Vaccination in Bombay 1863-1868 - 1863-1868
Year: 1863
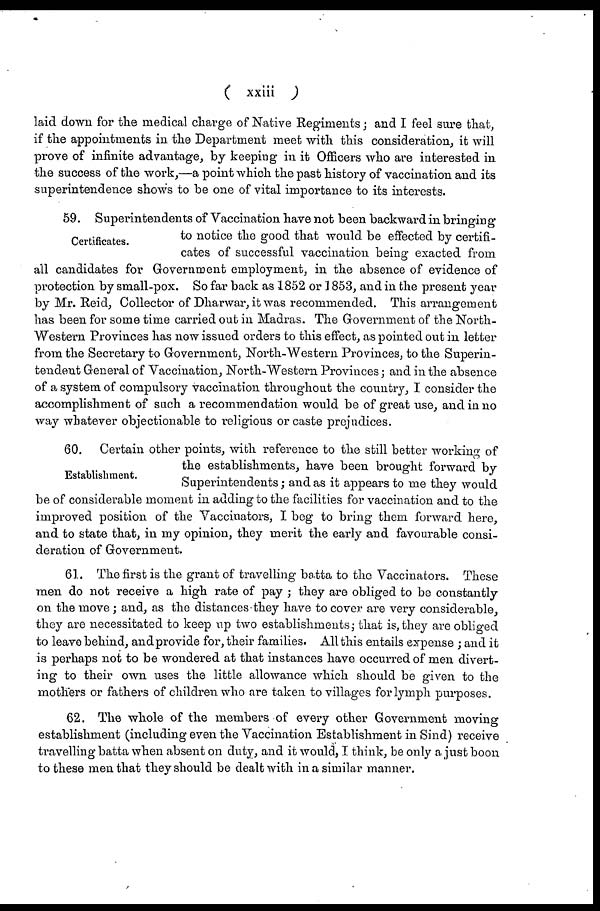
( xxiii )
laid down for the medical charge of Native Regiments; and I feel sure that,
if the appointments in the Department meet with this consideration, it will
prove of infinite advantage, by keeping in it Officers who are interested in
the success of the work,—a point which the past history of vaccination and its
superintendence shows to be one of vital importance to its interests.
Certificates.
59. Superintendents of Vaccination have not been backward in bringing
to notice the good that would be effected by certifi-
cates of successful vaccination being exacted from
all candidates for Government employment, in the absence of evidence of
protection by small-pox. So far back as 1852 or 1853, and in the present year
by Mr. Reid, Collector of Dharwar, it was recommended. This arrangement
has been for some time carried out in Madras. The Government of the North-
Western Provinces has now issued orders to this effect, as pointed out in letter
from the Secretary to Government, North-Western Provinces, to the Superin-
tendent General of Vaccination, North-Western Provinces; and in the absence
of a system of compulsory vaccination throughout the country, I consider the
accomplishment of such a recommendation would be of great use, and in no
way whatever objectionable to religious or caste prejudices.
Establishment.
60. Certain other points, with reference to the still better working of
the establishments, have been brought forward by
Superintendents; and as it appears to me they would
be of considerable moment in adding to the facilities for vaccination and to the
improved position of the Vaccinators, I beg to bring them forward here,
and to state that, in my opinion, they merit the early and favourable consi-
deration of Government.
61. The first is the grant of travelling batta to the Vaccinators. These
men do not receive a high rate of pay ; they are obliged to be constantly
on the move; and, as the distances they have to cover are very considerable,
they are necessitated to keep up two establishments; that is, they are obliged
to leave behind, and provide for, their families. All this entails expense ; and it
is perhaps not to be wondered at that instances have occurred of men divert-
ing to their own uses the little allowance which should be given to the
mothers or fathers of children who are taken to villages for lymph purposes.
62. The whole of the members of every other Government moving
establishment (including even the Vaccination Establishment in Sind) receive
travelling batta when absent on duty, and it would, I think, be only a just boon
to these men that they should be dealt with in a similar manner.